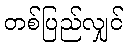
တစ်ပြည်လျှင်